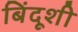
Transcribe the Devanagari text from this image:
बिंदूशी